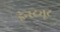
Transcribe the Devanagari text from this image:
इंन्स्ट्यूट